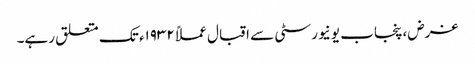
غرض، پنجاب یونیورسٹی سے اقبال عملاً ١٩٣٢ء تک متعلق رہے۔